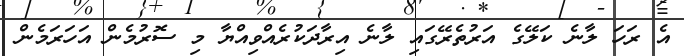
އެ ރަހަ ލާނެ ކަލޭގެ އަރުތެރޭގައި ލާނެ އިރާދަކުރެއްވިއްޔާ މި ސޮރުމެން އަހަރަމެން